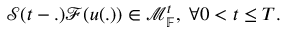
\mathcal { S } ( t - . ) \mathcal { F } ( u ( . ) ) \in \mathcal { M } _ { \mathbb { F } } ^ { t } , \; \forall 0 < t \leq T .